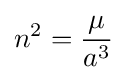
n^{2}={\frac {\mu }{a^{3}}}